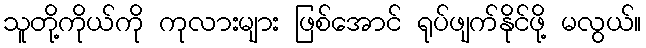
သူတို့ကိုယ်ကို ကုလားများ ဖြစ်အောင် ရုပ်ဖျက်နိုင်ဖို့ မလွယ်။